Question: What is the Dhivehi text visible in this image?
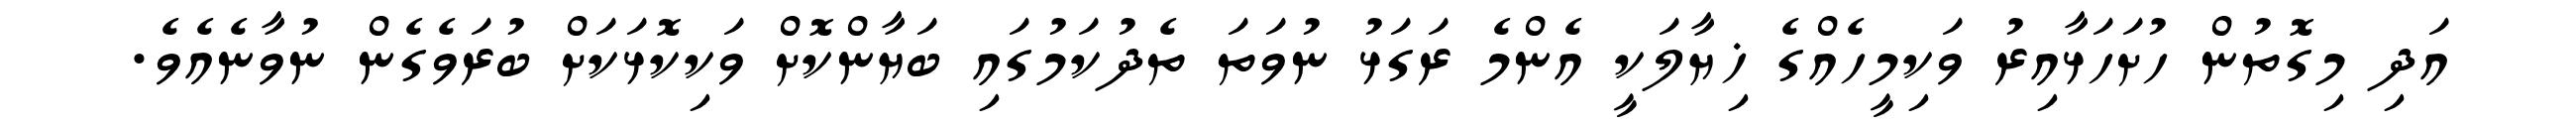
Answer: އަދި މިގޮތުން ހުށަހަޅާއިރު ވަކިމީހެއްގެ ޚިޔާލަކީ އެންމެ ރަގަޅު ނުވަތަ ތެދުކަމުގައި ބަޔާންކޮށް ވަކިކޮޅަކަށް ބުރަވެގެން ނުވާނެއެވެ.